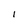
Character: 1